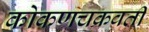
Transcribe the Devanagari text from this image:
कोकणचक्रवर्ती